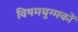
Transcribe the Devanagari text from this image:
विषमयुग्मकों